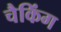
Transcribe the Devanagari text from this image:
चैकिंग